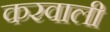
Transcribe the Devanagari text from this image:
करवाली